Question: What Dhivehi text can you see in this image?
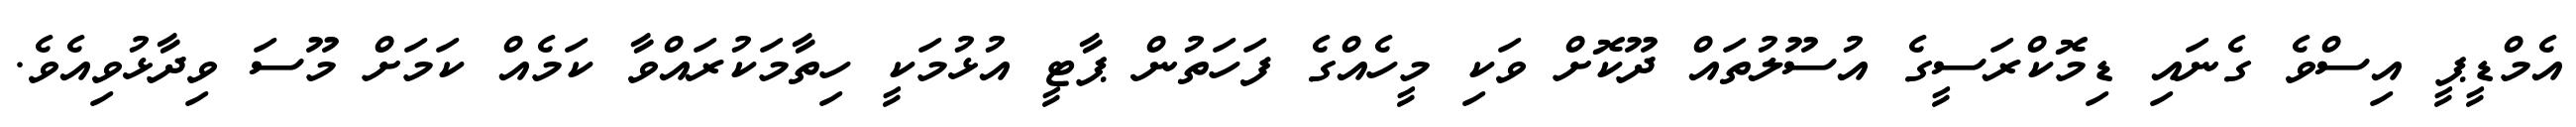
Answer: އެމްޑީޕީ އިސްވެ ގެނައި ޑިމޮކްރަސީގެ އުސޫލުތައް ދޫކޮށް ވަކި މީހެއްގެ ފަހަތުން ޕާޓީ އުޅުމަކީ ހިތާމަކުރައްވާ ކަމެއް ކަމަށް މޫސަ ވިދާޅުވިއެވެ.